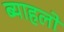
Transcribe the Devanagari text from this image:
ब्याहलो